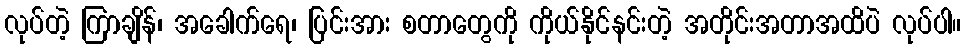
လုပ်တဲ့ ကြာချိန်၊ အခေါက်ရေ၊ ပြင်းအား စတာတွေကို ကိုယ်နိုင်နင်းတဲ့ အတိုင်းအတာအထိပဲ လုပ်ပါ။